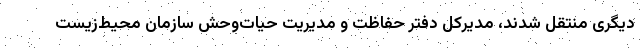
دیگری منتقل شدند، مدیرکل دفتر حفاظت و مدیریت حیات‌وحش سازمان محیط‌زیست